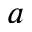
a